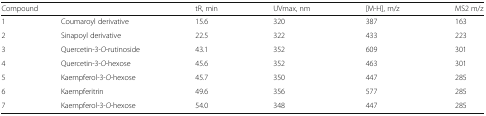
| <COLSPAN=2> Compound | tR, min | UVmax, nm | [M-H], m/z | MS2 m/z |
 | --- | --- | --- | --- | --- | --- |
 | 1 | Coumaroyl derivative | 15.6 | 320 | 387 | 163 |
 | 2 | Sinapoyl derivative | 22.5 | 322 | 433 | 223 |
 | 3 | Quercetin-3-O-rutinoside | 43.1 | 352 | 609 | 301 |
 | 4 | Quercetin-3-O-hexose | 45.6 | 352 | 463 | 301 |
 | 5 | Kaempferol-3-O-hexose | 45.7 | 350 | 447 | 285 |
 | 6 | Kaempferitrin | 49.6 | 356 | 577 | 285 |
 | 7 | Kaempferol-3-O-hexose | 54.0 | 348 | 447 | 285 |